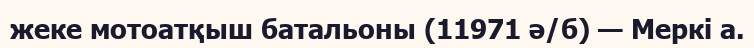
жеке мотоатқыш батальоны (11971 ә/б) — Меркі а.